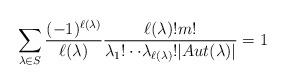
LaTeX: \begin{align*}\sum_{\lambda\in S}\frac{(-1)^{\ell(\lambda)}}{\ell(\lambda)}\frac{\ell(\lambda)!m!}{\lambda_{1}!\cdot\cdot\lambda_{\ell(\lambda)}!|Aut(\lambda)|}=1\end{align*}